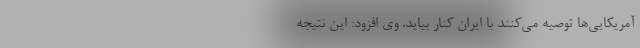
آمریکایی‌ها توصیه می‌کنند با ایران کنار بیاید. وی افزود: این نتیجه